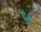
૫